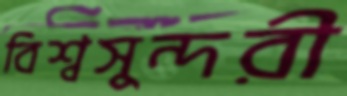
বিশ্বসুন্দরী